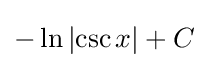
-\ln \left|\csc x\right|+C